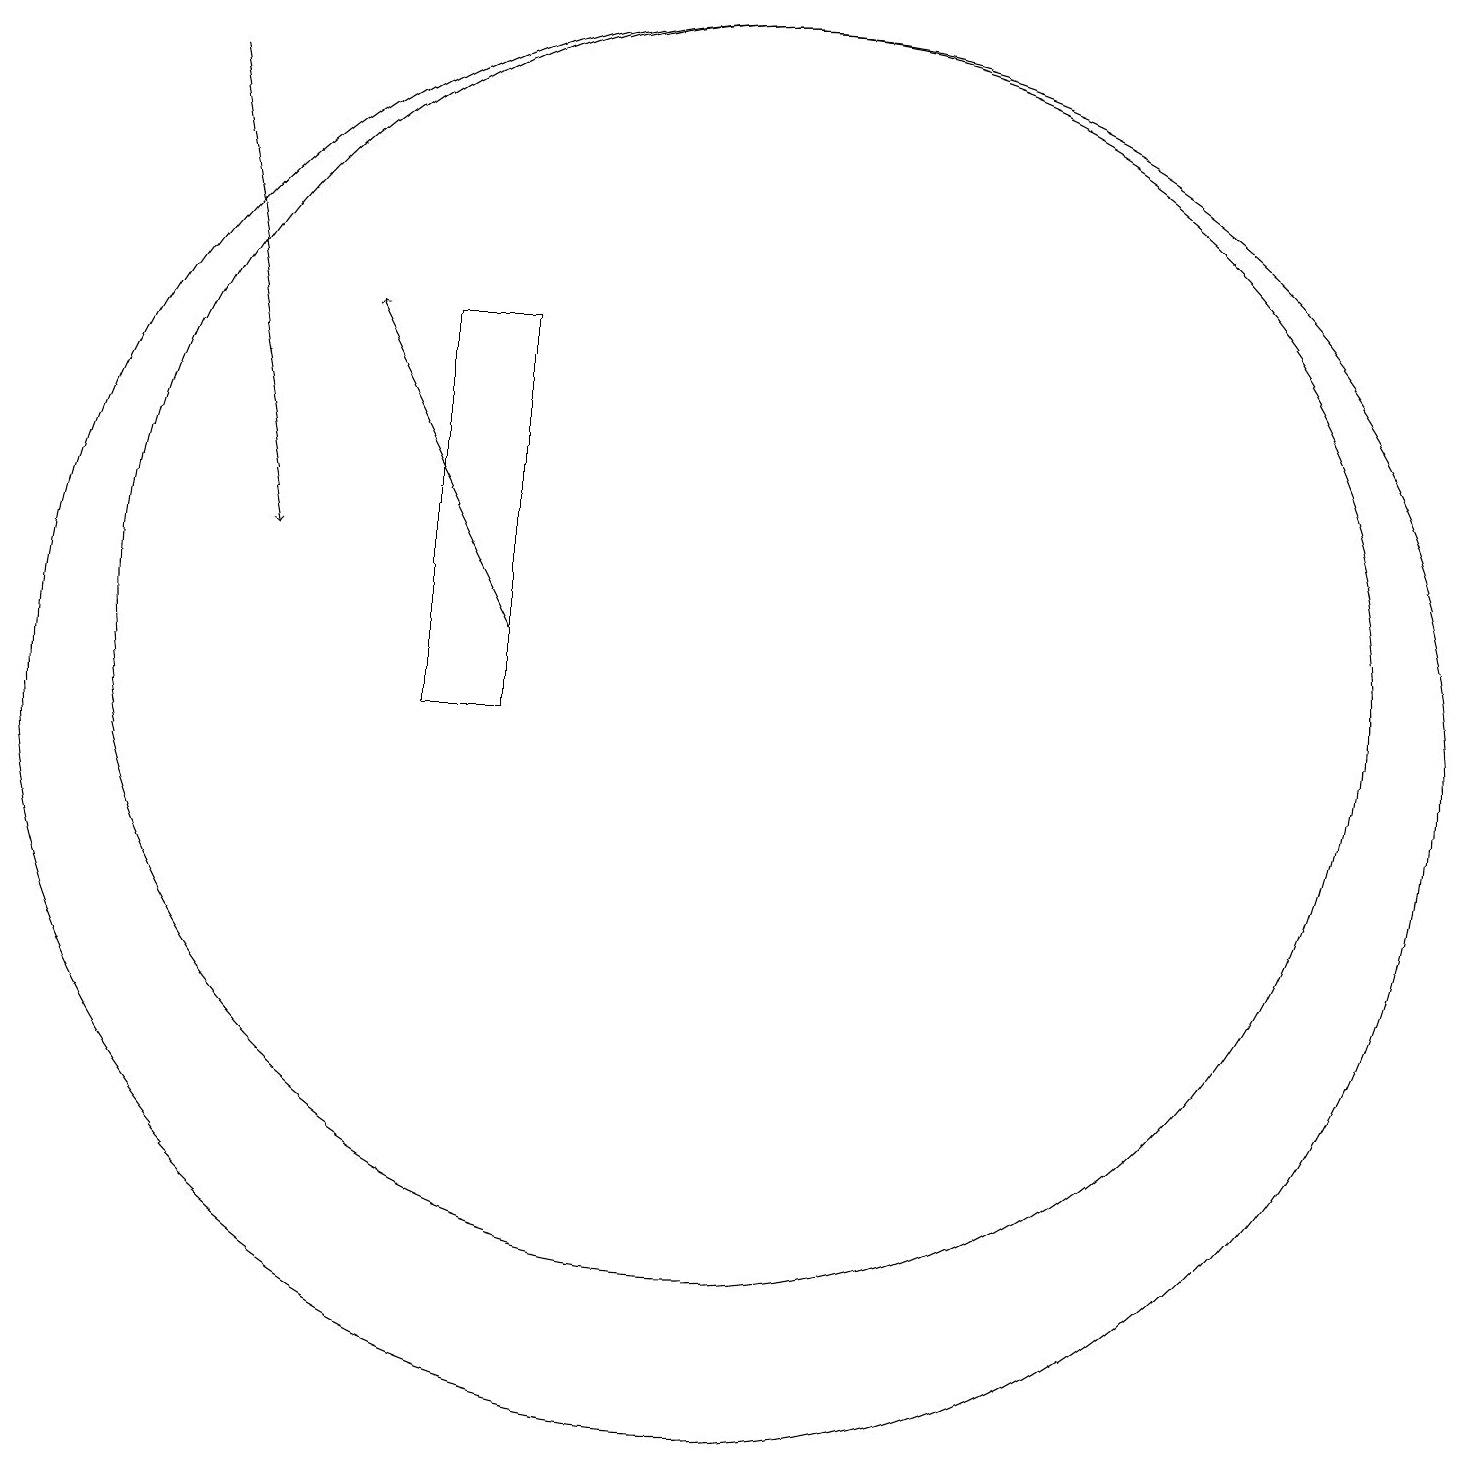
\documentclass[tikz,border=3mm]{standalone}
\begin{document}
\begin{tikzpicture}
\draw[->] (4,18) -- (5,12);
\draw (11,11) circle (8);
\draw (11,10) circle (9);
\draw (8,10) rectangle (7,15);
\draw[->] (8,11) -- (6,15);
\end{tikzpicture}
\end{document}